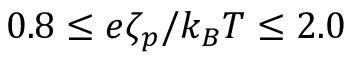
0 . 8 \leq e \zeta _ { p } / k _ { B } T \leq 2 . 0